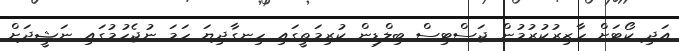
އަދި ކޯޓަށް ހާޒިރުކުރުމުން ޖަސްޓިސް ބިލްޑިން ކުރިމަތީގައި ހިނގާދިޔަ ހަމަ ނުޖެހުމުގައި ނަޝީދަށް